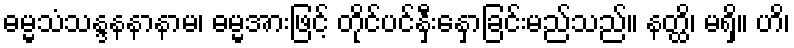
ဓမ္မသံသန္ဒနနာနာမ၊ ဓမ္မအားဖြင့် တိုင်ပင်နှီးနှောခြင်းမည်သည်။ နတ္ထိ၊ မရှိ။ ဟိ၊